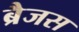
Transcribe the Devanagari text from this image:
ब्रैजस